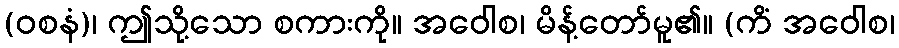
(ဝစနံ)၊ ဤသို့သော စကားကို။ အဝေါစ၊ မိန့်တော်မူ၏။ (ကိံ အဝေါစ၊